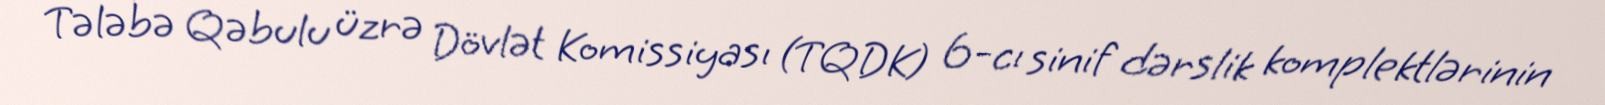
Tələbə Qəbulu üzrə Dövlət Komissiyası (TQDK) 6-cı sinif dərslik komplektlərinin